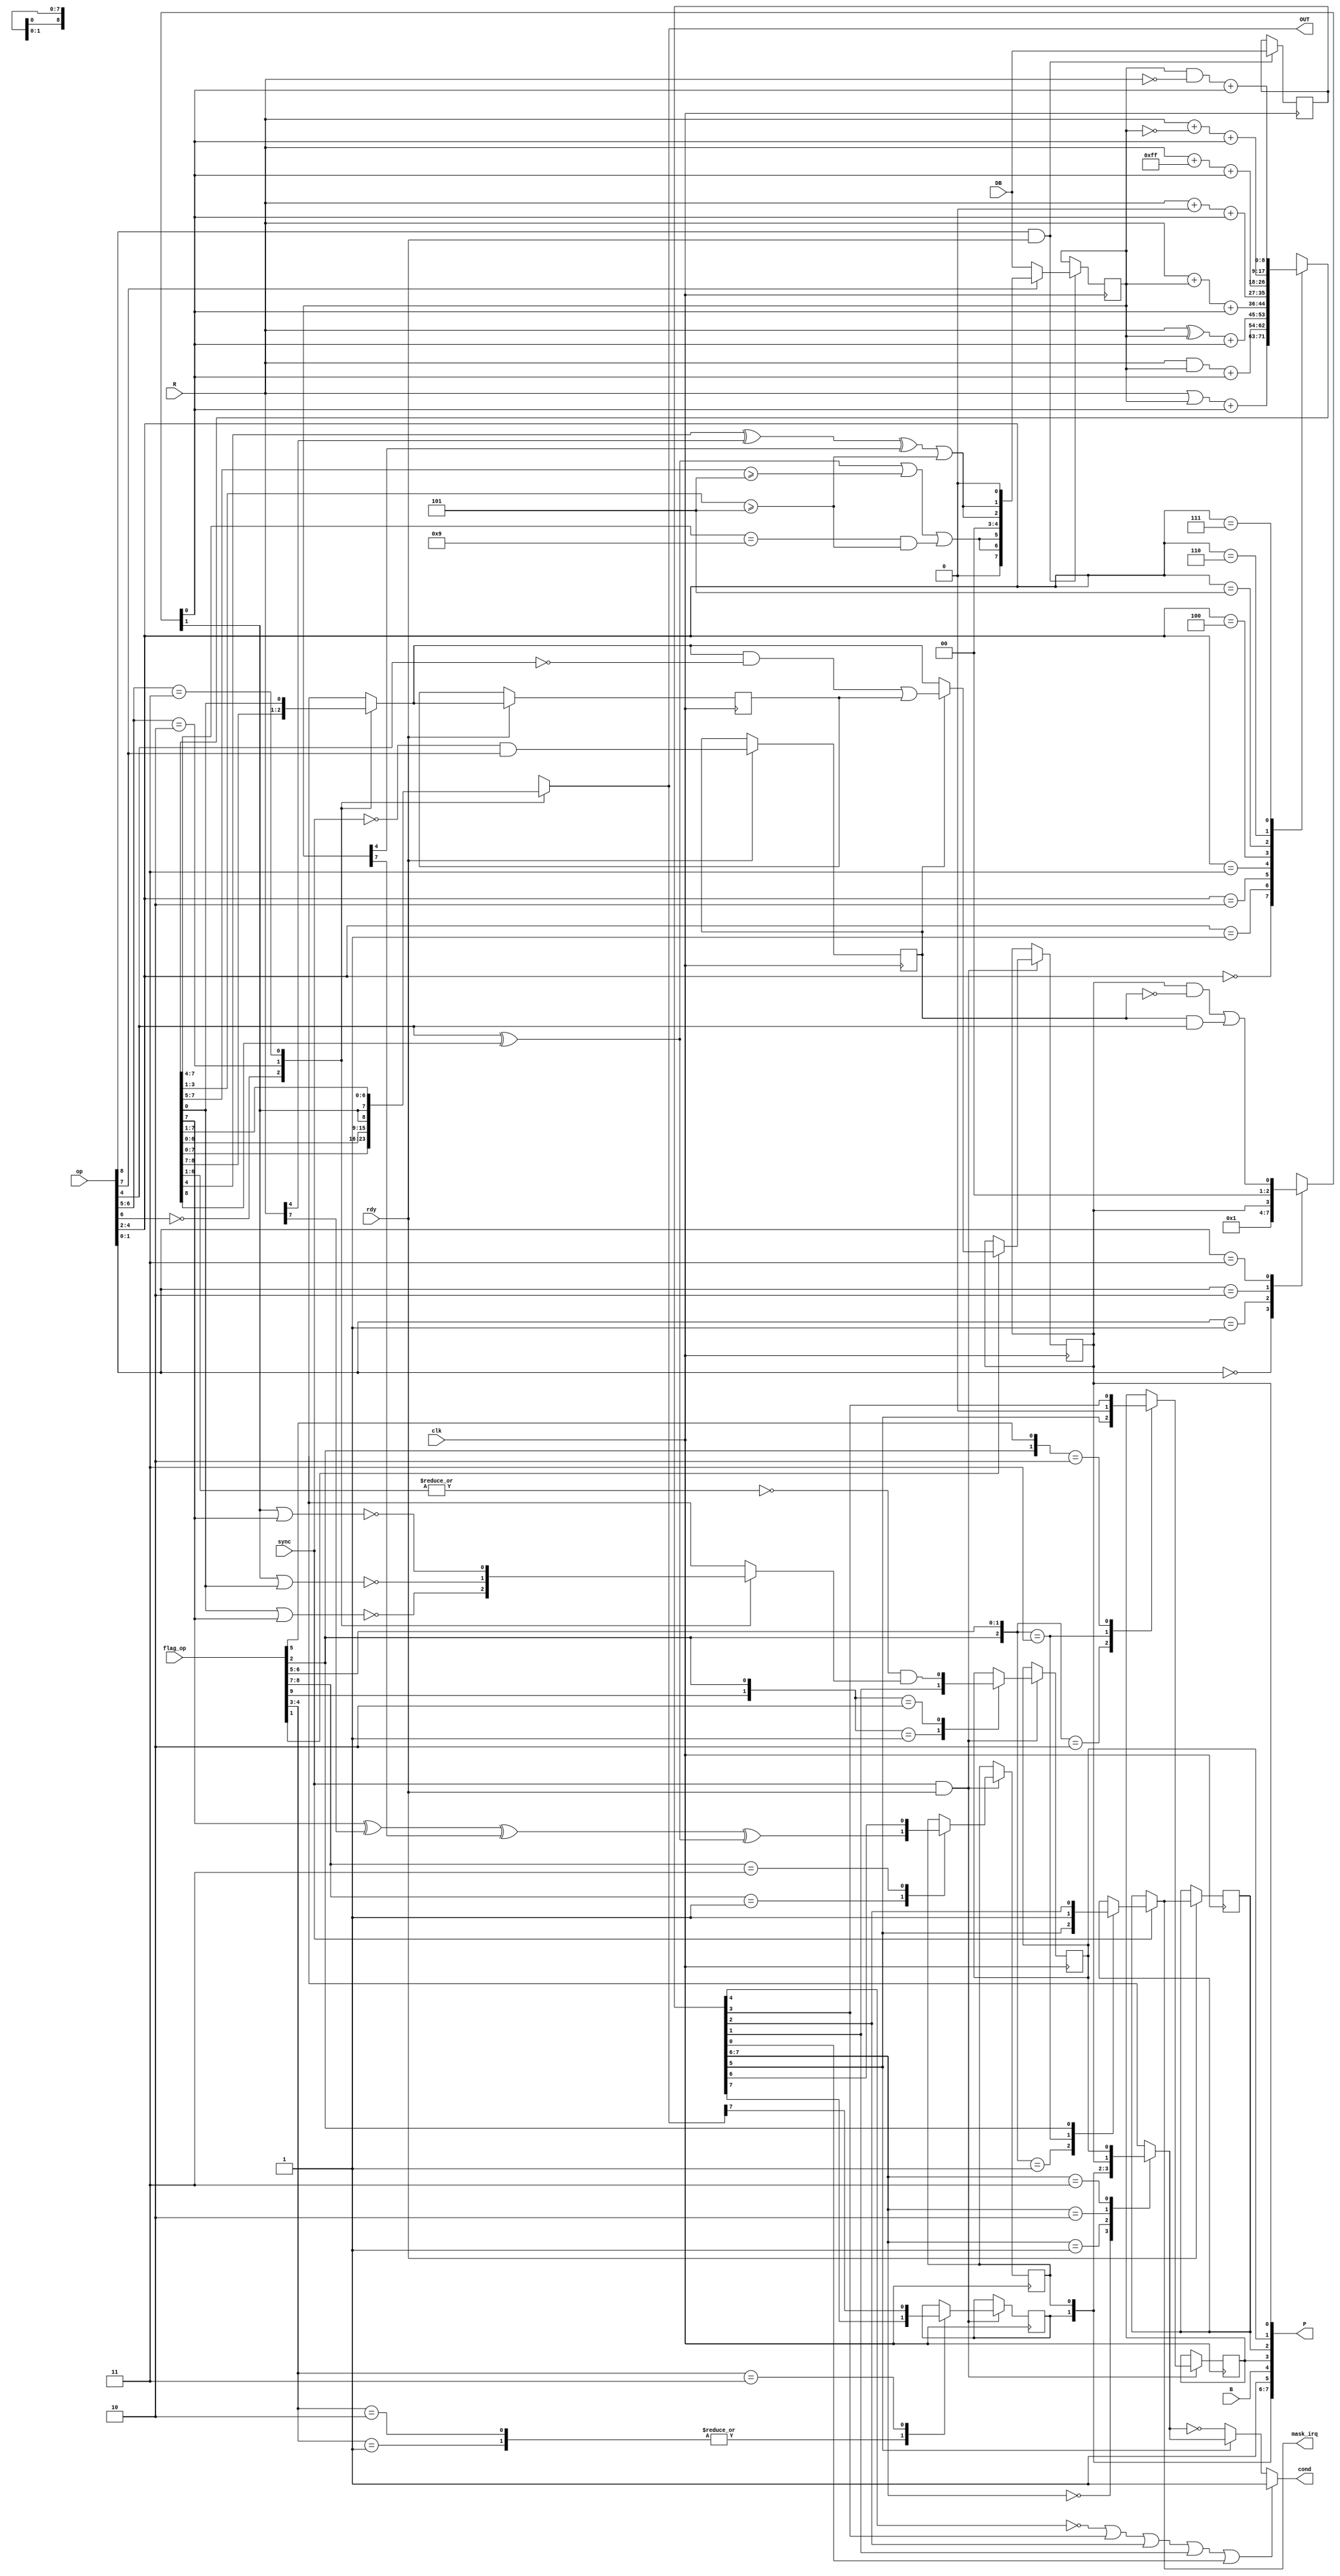
`timescale 1ns / 1ps
/*
 * alu -- ALU for the 65C02
 *
 * (C) Arlet Ottens <arlet@c-scape.nl> 
 *
 * This ALU is divided into 2 stages. The first stage ('adder') 
 * does the logic/arithmetic operations. The second stage ('shifter')
 * optionally shifts the result from the adder by 1 bit position.
 *
 */
module alu( 
    input clk,              // clk
    input rdy,              // RDY input
    input sync,             // opcode sync
    input [7:0] R,          // input from register file
    input [7:0] DB,         // data bus
    input [8:0] op,         // 9-bit operation select
    input [9:0] flag_op,    // 10-bit flag operation select
    input B,                // BRK flag
    output mask_irq,        // one cycle early I flag notification 
    output [7:0] P,         // flags register
    output reg cond,        // condition code 
    output reg [7:0] OUT    // data out
);

reg CO, CO1;
reg N = 0, V = 0, D = 0, I = 0, Z = 0, C = 0;                   // processor status flags 
assign P = { N, V, 1'b1, B, D, I, Z, C };

reg [7:0] M;
reg CI, SI;

wire ld_m = op[8];
wire adj_m = op[7];

/*
 * distinguish ADC/SBC, not valid when doing
 * other operations.
 */
wire SBC = op[4];

/* 
 * are we using BCD style carry ?
 */
reg bcd_carry;

always @(posedge clk)
    if( rdy )
        bcd_carry <= !sync & adj_m;

/*
 * ALU carry in and shift in
 */
always @(*)
    case( op[1:0] )
        2'b00:      {SI, CI} = 2'b00;
        2'b01:      {SI, CI} = 2'b01;
        2'b10:      {SI, CI} = {C, 1'b0};
        2'b11:      {SI, CI} = {1'b0, (C & !bcd_carry) | (bcd_carry & SBC) };
    endcase

/*   
 * 1st stage, calculate adder result from the two operands:
 *
 * The 'R' input comes from source register in register file.
 * The 'M' input comes from memory register, holding previous
 * memory read result. This inputs are hard wired, meaning there
 * is no mux on the ALU inputs. 
 *
 * This layer can be optimized to single LUT6 per bit
 * on Spartan6, but that most likely requires manual
 * instantiation. 
 *
 *   op      function
 * ===============================
 * --000  |  AI | BI     OR 
 * --001  |  AI & BI     AND
 * --010  |  AI ^ BI     EOR
 * --011  |  AI + BI     ADC (also INC/DEC with suitable R)
 * --100  |  AI + 0      pass R or INC depending on CI
 * --101  |  AI - 1      DEC
 * --110  |  AI - BI     SBC/CMP
 * --111  | ~AI & BI     TRB
 *
 * NOTE: Carry input is always added to each function. This
 * is necessary to make it fit in a single LUT. If this is
 * not desired, make sure to set CI=0.
 *
 * Because CI is always added, we need a separate SI input
 * for the 2nd stage shifter, to make sure we can always 
 * set CI=0 while rotating with set carry bit.
 */ 

reg [8:0] adder;

/*
 * 8 bit inverted version of M and R (to avoid creating
 * 9 bit expressions)(when ~M is used in the expression, 
 */
wire [7:0] AI = R;
reg [7:0] BI;
wire [7:0] NB = ~BI;
wire [7:0] NA = ~AI;

always @(*)
    case( op[4:2] )
        3'b000: adder = (AI | BI)    + CI;
        3'b001: adder = (AI & BI)    + CI;
        3'b010: adder = (AI ^ BI)    + CI;
        3'b011: adder = (AI + BI)    + CI;
        3'b100: adder = (AI + 8'h00) + CI;
        3'b101: adder = (AI + 8'hff) + CI; 
        3'b110: adder = (AI + NB)    + CI;
        3'b111: adder = (BI & NA)    + CI;
    endcase

/*
 * intermediate borrow/carry bits. The number indicates 
 * which bit position the borrow or carry goes into.
 */
wire BC4 = adder[4] ^ AI[4] ^ BI[4];
wire BC7 = adder[7] ^ AI[7] ^ BI[7];
wire BC8 = SBC ^ adder[8];

/* 
 * BCD adjust for each of the 2 nibbles
 */
wire adjl;
wire adjh;
assign adjl = BC4 | adder[3:1] >= 5;
assign adjh = BC8 | adder[7:5] >= 5 | ((adder[7:4] == 9) & (adder[3:1] >= 5));

/*
 * partial zero flag signals. The z0 signal checks the middle 6 bits, the
 * z1 signal checks the outer 2 bits.
 */
wire z0 = ~|adder[6:1];
reg z1;

always @(*)
    casez( op[6:5] )
        2'b0?:  z1 = ~(adder[0] | adder[7]);
        2'b10:  z1 = ~(SI | adder[0]);
        2'b11:  z1 = ~(SI | adder[7]);
    endcase

/*
 * 2nd stage takes previous result, and
 * optionally shifts to left/right, or discards
 * it entirely and replaces it by 'M' input.
 *
 * Note: the adder carry out will be replaced by
 * the shifter carry out when a shift option is 
 * selected.
 * 
 * op       function
 * ===============================
 * 00---  | unmodified adder result
 * 10---  | adder shift left
 * 11---  | adder shift right
 */

always @(*)
    casez( op[6:5] )
        2'b0?: {CO, OUT} = adder;
        2'b10: {CO, OUT} = { adder[7:0], SI };
        2'b11: {OUT, CO} = { SI, adder[7:0] };
    endcase

/*
 * M register update. The M register holds the most
 * recent data on the bus. It feeds into the ALU, 
 * and also into flag updates.
 */

wire l = adjl;
wire h = adjh;

always @(posedge clk)
    if( ld_m & rdy )
        M <= DB;

/*
 * BI (B Input of the ALU) register update
 */
always @(posedge clk)
    if( ld_m & rdy )
        BI <= adj_m ? {1'b0, h, h, 2'b0, l, l, 1'b0 } : DB;

/*
 * update C(arry) flag
 */
wire plp = flag_op[2];

/*
 * the CO1 signal is the ALU carry out, delayed
 * by one cycle. This is because the BCD instructions
 * can generate a carry in the main cycle or the adjust
 * cycle.
 */

always @(posedge clk)
    if( rdy )
        CO1 <= CO;

always @(posedge clk)
    if( sync & rdy )
        if( flag_op[1] )
            if( bcd_carry )
                C <= (CO & !SBC) | CO1;  
            else
                C <= CO;  

/*
 * update N(egative) flag and Z(ero) flag
 *
 * The N/Z flags share two control bits in flags[4:3]
 *
 * 00 - do nothing
 * 01 - BIT (N <= M7, Z <= alu_out)
 * 10 - PLP
 * 11 - N/Z <= alu_out
 */
always @(posedge clk)
    if( sync & rdy )
        casez( flag_op[4:3] )
            2'b01 : N <= M[7];          // BIT (bit 7) 
            2'b10 : N <= M[7];          // PLP
            2'b11 : N <= OUT[7];        // ALU N flag 
        endcase

/*
 * update Z(ero) flag
 */
always @(posedge clk)
    if( sync & rdy )
        casez( {flag_op[9], flag_op[2]} )
            2'b01 : Z <= M[1];          // PLP
            2'b10 : Z <= z0 & z1;       // ALU == 0 
        endcase

/*
 * update (o)V(erflow) flag
 *
 */
always @(posedge clk)
    if( sync & rdy )
        case( flag_op[8:7] )
            2'b01 : V <= BC7 ^ BC8;     // ALU overflow 
            2'b11 : V <= M[6];          // BIT/PLP
        endcase

/*
 * update I(nterrupt) flag and D(ecimal) flags
 *
 * The I/D flags share two control bits in flag_op[6:5]
 *
 * 00 - do nothing
 * 01 - CLI/SEI
 * 10 - CLD/SED
 * 11 - BRK
 */

/* 
 * Interrupt handling needs to know the I flag on the
 * 'sync' cycle, so we produce an early result in 'next_I'
 * and export that as the 'mask_irq' signal.
 */
reg next_I;
assign mask_irq = next_I;

always @(*) begin
    next_I = I;
    if( sync )
        casez( {plp, flag_op[6:5]} )
            3'b001 : next_I = M[5];     // CLI/SEI 
            3'b011 : next_I = 1;        // BRK
            3'b1?? : next_I = M[2];     // PLP
        endcase
end

always @(posedge clk)
    if( rdy )
        I <= next_I;

always @(posedge clk)
    if( sync & rdy )
        casez( {plp, flag_op[6:5]} )
            3'b010 : D <= M[5];         // CLD/SED 
            3'b011 : D <= 0;            // clear D in BRK
            3'b1?0 : D <= M[3];         // PLP
        endcase


/*
 * branch condition. 
 */
reg flag_set;

always @(*)
    case( M[7:6] )
        2'b00:  flag_set = N;                   // BPL or BMI
        2'b01:  flag_set = V;                   // BVC or BVS
        2'b10:  flag_set = C;                   // BCC or BCS
        2'b11:  flag_set = Z;                   // BNE or BEQ
    endcase

/*
 * only odd column 0 has conditional instructions, the rest 
 * is unconditional
 */
wire uncond = ~M[4] | M[3] | M[2] | M[1] | M[0];

always @(*)
    if( uncond )        cond = 1;               // unconditional instruction
    else if( M[5] )     cond = flag_set;        // BMI, BVS, BCS, BEQ
    else                cond = ~flag_set;       // BPL, BVC, BCC, BNE

endmodule